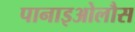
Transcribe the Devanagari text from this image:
पानाइओलौस